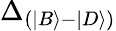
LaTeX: \Delta_{{(\left\vert B\right\rangle-\left\vert D\right\rangle)}}